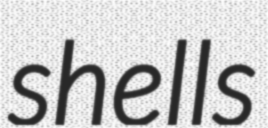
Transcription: shells